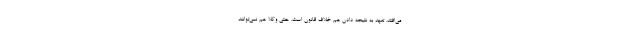
می‌افتد. تعهد به نتیجه دادن هم خلاف قانون است. حتی وکلا هم نمی‌توانند